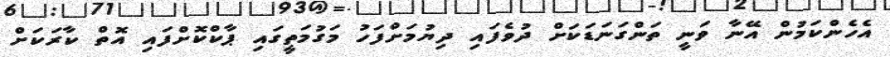
އެހެންކަމުން އޭނާ ވަނީ ތަންގަނަޑަކަށް ދުވެފައި ދިޔުމަށްފަހު މަގުމަތީގައި ޕާކްކޮށްފައި އޮތް ކާރަކަށް